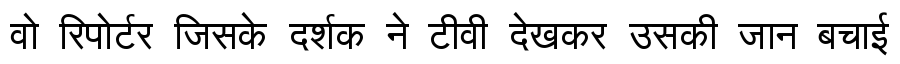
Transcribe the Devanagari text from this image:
वो रिपोर्टर जिसके दर्शक ने टीवी देखकर उसकी जान बचाई